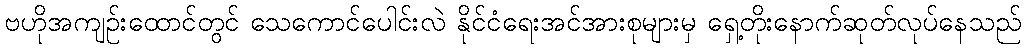
ဗဟိုအကျဉ်းထောင်တွင် သေကောင်ပေါင်းလဲ နိုင်ငံရေးအင်အားစုများမှ ရှေ့တိုးနောက်ဆုတ်လုပ်နေသည်